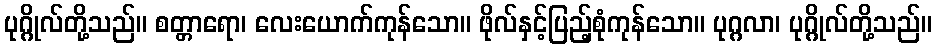
ပုဂ္ဂိုလ်တို့သည်။ စတ္တာရော၊ လေးယောက်ကုန်သော။ ဖိုလ်နှင့်ပြည့်စုံကုန်သော။ ပုဂ္ဂလာ၊ ပုဂ္ဂိုလ်တို့သည်။